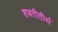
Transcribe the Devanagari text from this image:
शबरीतीर्थ